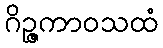
ဂိဉ္ဇကာဝသထံ